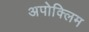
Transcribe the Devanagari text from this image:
अपोक्लिम